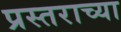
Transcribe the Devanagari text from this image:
प्रस्तराच्या